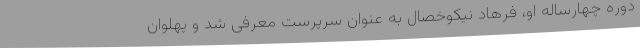
دوره چهارساله او، فرهاد نیکوخصال به عنوان سرپرست معرفی شد و پهلوان